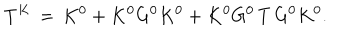
T ^ { K } \, = \, K ^ { 0 } + K ^ { 0 } G ^ { 0 } K ^ { 0 } + K ^ { 0 } G ^ { 0 } \, T \, G ^ { 0 } K ^ { 0 } .